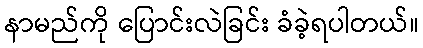
နာမည်ကို ပြောင်းလဲခြင်း ခံခဲ့ရပါတယ်။